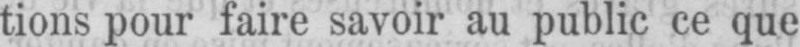
tions pour faire savoir au public ce que